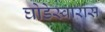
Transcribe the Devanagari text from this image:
घोडेस्वारांस